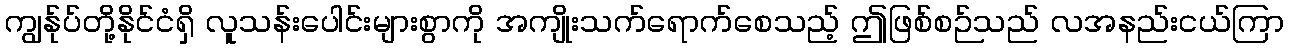
ကျွန်ုပ်တို့နိုင်ငံရှိ လူသန်းပေါင်းများစွာကို အကျိုးသက်ရောက်စေသည့် ဤဖြစ်စဉ်သည် လအနည်းငယ်ကြာ